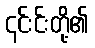
၎င်းင်းတို့၏